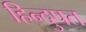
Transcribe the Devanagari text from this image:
हिन्दुपत